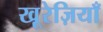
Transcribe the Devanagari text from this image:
खू़रेज़ियाँ